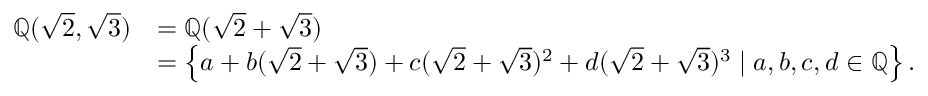
{ \begin{array} { r l } { \mathbb { Q } ( { \sqrt { 2 } } , { \sqrt { 3 } } ) } & { = \mathbb { Q } ( { \sqrt { 2 } } + { \sqrt { 3 } } ) } \\ & { = \left\{ a + b ( { \sqrt { 2 } } + { \sqrt { 3 } } ) + c ( { \sqrt { 2 } } + { \sqrt { 3 } } ) ^ { 2 } + d ( { \sqrt { 2 } } + { \sqrt { 3 } } ) ^ { 3 } \mid a , b , c , d \in \mathbb { Q } \right\} . } \end{array} }